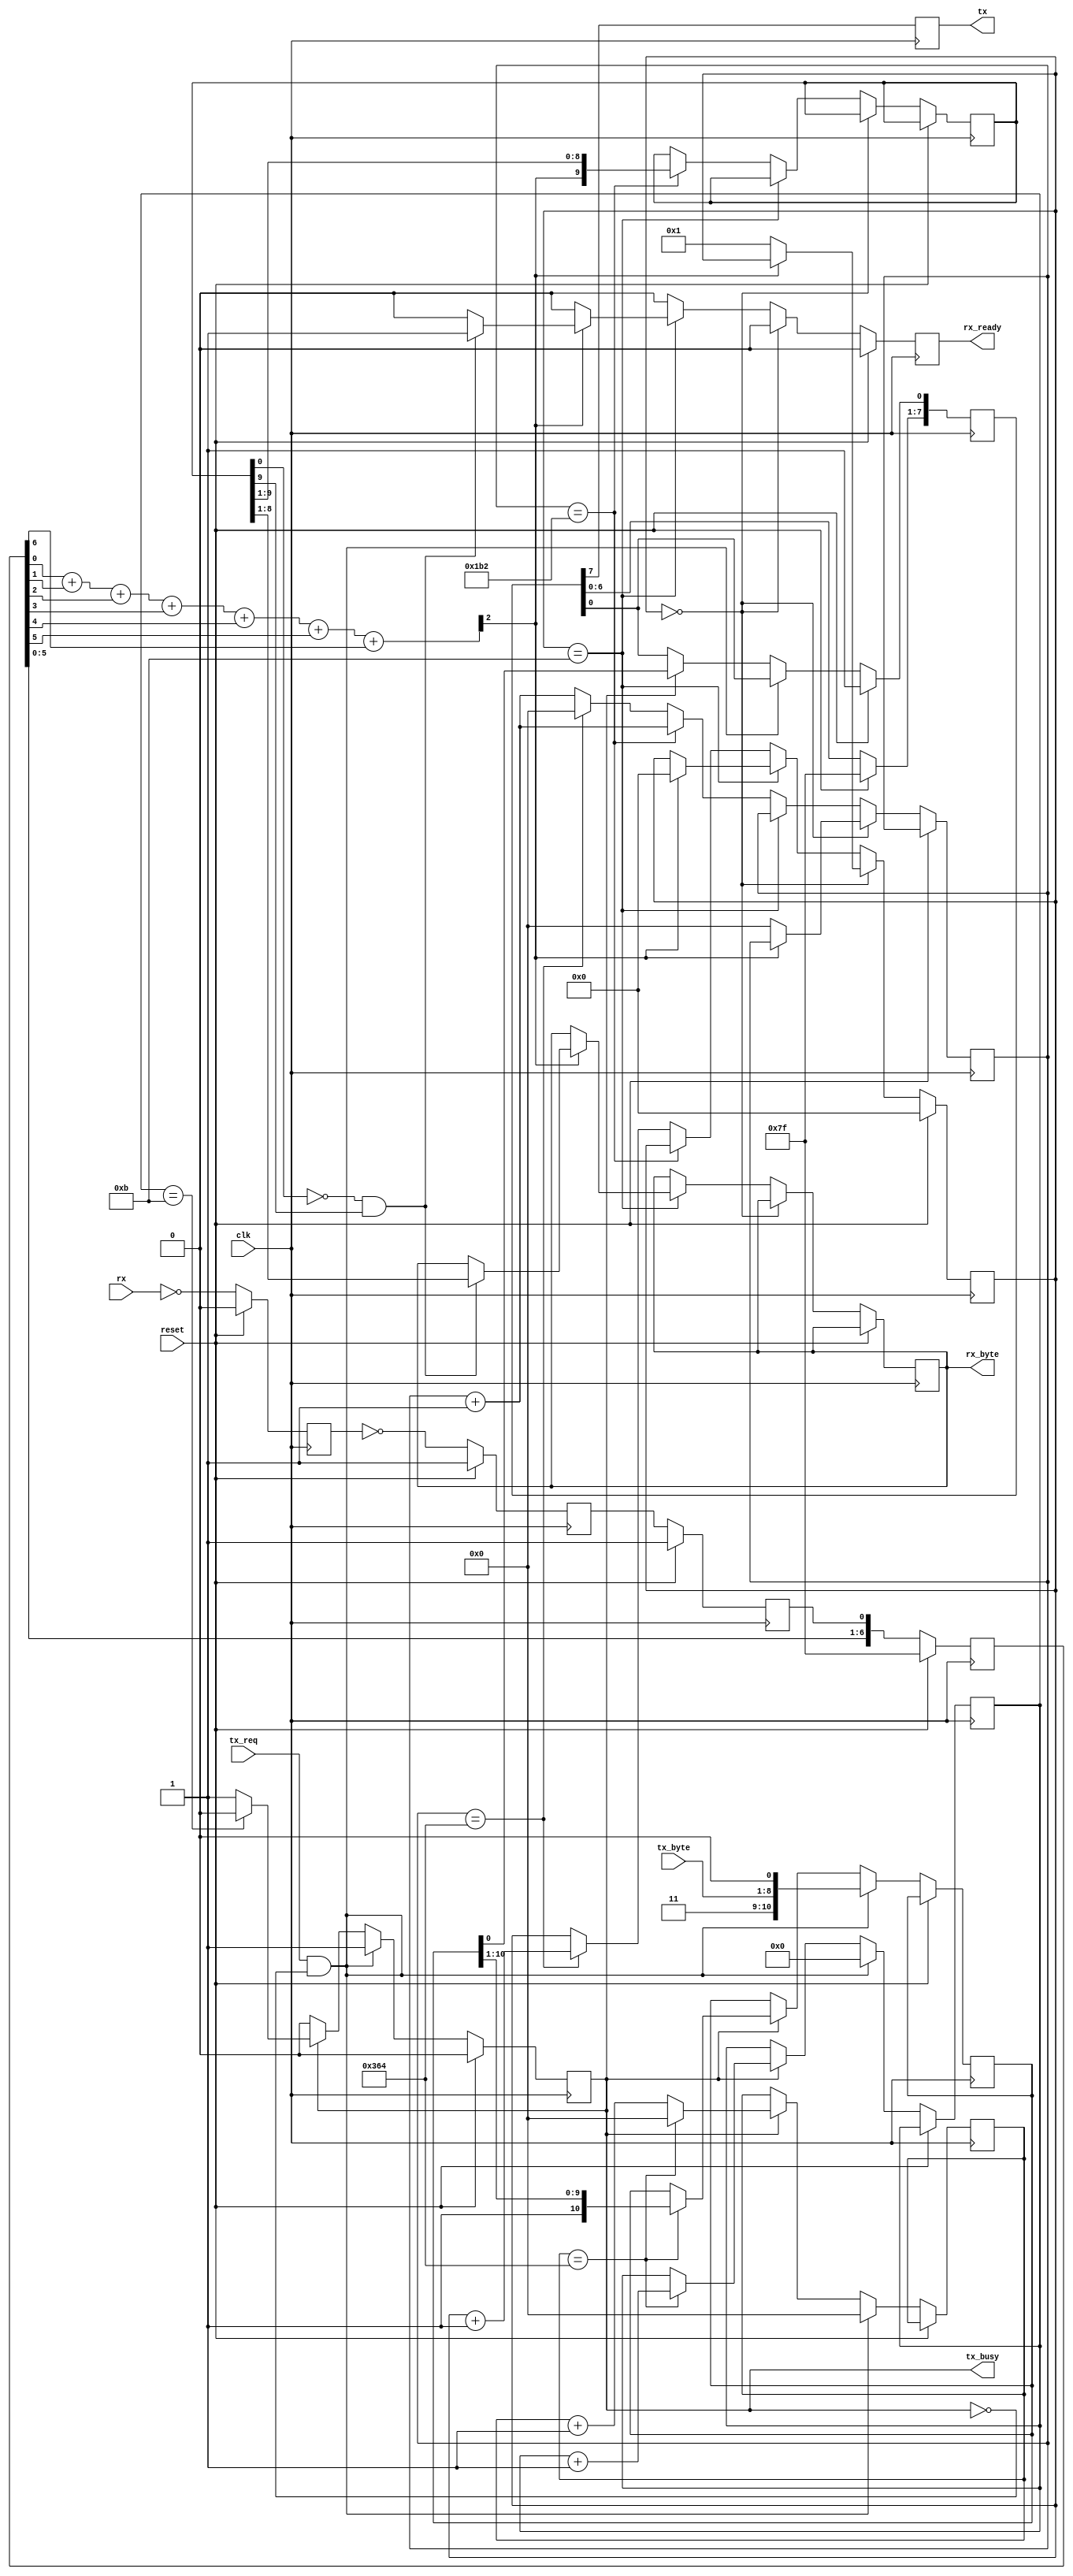
module uart(
	input       clk,       // Assuming 25Mhz clock!
	input       reset,

	input       rx,        // Mapped to I/O RX input pin
	output reg  tx,        // Mapped to I/O TX output pin

	// TX
	input [7:0] tx_byte,  // Byte to send
	input       tx_req,   // Do send now!
	output reg  tx_busy,  // Busy sending stuff

	// RX
	output reg  rx_ready, // Just received some byte!
	output reg [7:0] rx_byte   // The received byte
);

initial begin
	$dumpvars(0, tx_tick_count);
	$dumpvars(0, out_buffer);
	$dumpvars(0, tx_fsm);
end

// Config for this UART
parameter clock_freq = 100000000; // 100 Mhz
parameter baud_rate =     115200; // 115.2kbps
parameter counter_max = clock_freq / baud_rate;
parameter counter_sample = counter_max / 2;

// RX pin is triple buffered
reg rx_in1, rx_in2, rx_in;
always @(posedge clk)
begin
	if (reset) begin
		rx_in  <= 1;
		rx_in2 <= 1;
		rx_in1 <= 0;
	end else begin
		rx_in  <=  rx_in2;
		rx_in2 <= ~rx_in1;
		rx_in1 <= ~rx;
	end
end

// RX pin is filtered using a sliding window majority vote.
reg [6:0] rx_queue; // 7 bits

always @(posedge clk)
begin
	if (reset)
		rx_queue <= 7'b1111111;
	else
		rx_queue <= { {rx_queue[5:0]}, {rx_in} };
end

// 7b window, popcount (check MSB bit)
wire [2:0] rx_wnd_cnt;
wire rx_filtered;
assign rx_wnd_cnt = rx_queue[0] + rx_queue[1] +
					rx_queue[2] + rx_queue[3] +
					rx_queue[4] + rx_queue[5] +
					rx_queue[6];
assign rx_filtered = rx_wnd_cnt[2];


// RX logic. Wait for start bit (zero in RX) before
reg [ 3:0] fsm_state;
reg [ 9:0] received_bits;
reg [15:0] bit_sample_count;
always @(posedge clk)
begin
	// RX ready is signaled for a one cycle pulse
	rx_ready <= 0;

	if (reset) begin
		fsm_state <= 0;
	end else begin
		// For the first state (wait for start bit)
		if (fsm_state == 4'h0) begin
			if (!rx_filtered) begin
				bit_sample_count <= 0;
				fsm_state <= 4'h1;
			end
		end else if (fsm_state == 4'hB) begin
			// After the stop bit, we wait for a 1 (line idle)
			if (rx_filtered) begin
				fsm_state <= 4'h0;
				if (received_bits[0] == 0 && received_bits[9] == 1) begin
					rx_byte <= received_bits[8:1];
					rx_ready <= 1;
				end
			end
		end else begin
			// Sample at the middle point and keep counting
			bit_sample_count <= bit_sample_count + 1'b1;
			if (bit_sample_count == counter_sample) begin
				received_bits <= { {rx_filtered}, {received_bits[9:1]} };
			end else if (bit_sample_count == counter_max) begin
				fsm_state <= fsm_state + 1'b1;
				bit_sample_count <= 0;
			end
		end
	end
end

// TX logic.
reg [10:0] out_buffer;
reg [ 4:0] tx_fsm;
reg [15:0] tx_tick_count;
reg [ 7:0] tx_out_serial;
always @(posedge clk)
begin
	// Use an 8 reg pipeline for the TX pin
	tx_out_serial[7:1] <= tx_out_serial[6:0];
	tx <= tx_out_serial[7];

	if (reset) begin
		tx_out_serial <= ~0;
		tx_busy <= 0;
	end else if (tx_req && !tx_busy) begin
		out_buffer <= { 2'b11, tx_byte, 1'b0 };
		tx_busy <= 1;
		tx_fsm <= 4'h0;
		tx_tick_count <= 16'h0000;
	end else if (tx_busy) begin
		tx_out_serial[0] <= out_buffer[0];
		if (tx_tick_count == counter_max) begin
			tx_tick_count <= 0;
			tx_fsm <= tx_fsm + 1'b1;
			out_buffer <= { 1'b1, out_buffer[10:1] };
		end else begin
			tx_tick_count <= tx_tick_count + 1'b1;
		end 
		if (tx_fsm == 11) // Use 2 stop bits, just in case...
			tx_busy <= 0;
	end
end

endmodule